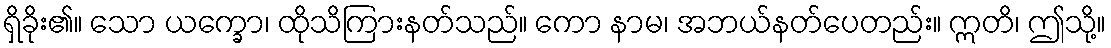
ရှိခိုး၏။ သော ယက္ခော၊ ထိုသိကြားနတ်သည်။ ကော နာမ၊ အဘယ်နတ်ပေတည်း။ ဣတိ၊ ဤသို့။